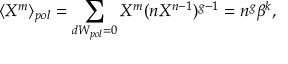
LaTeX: \langle X ^ { m } \rangle _ { p o l } = \sum _ { d W _ { p o l } = 0 } X ^ { m } ( n X ^ { n - 1 } ) ^ { g - 1 } = n ^ { g } \beta ^ { k } ,